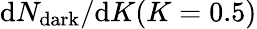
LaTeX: {\mathrm{d}N_{\mathrm{dark}}}/{\mathrm{d}K}(K=0.5)